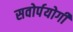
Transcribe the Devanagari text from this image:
सवोर्पयोगी